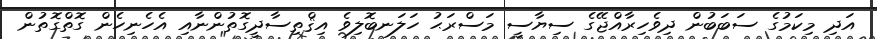
އަދި މިކަމުގެ ސަބަބުން ދިވެހިރާއްޖޭގެ ސިޔާސީ މަސްރަޙު ހަލަނބޮލިވެ އިޤްތިސާދީގޮތުންނާއި އެހެނިހެން ގޮތްގޮތުން